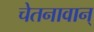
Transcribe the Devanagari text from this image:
चेतनावान्‌